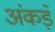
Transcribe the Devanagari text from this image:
अंकड़े